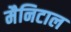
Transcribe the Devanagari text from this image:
मैनिटाल